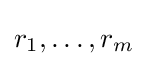
r_{1},\ldots ,r_{m}